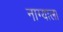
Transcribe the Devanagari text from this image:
नाग्याला